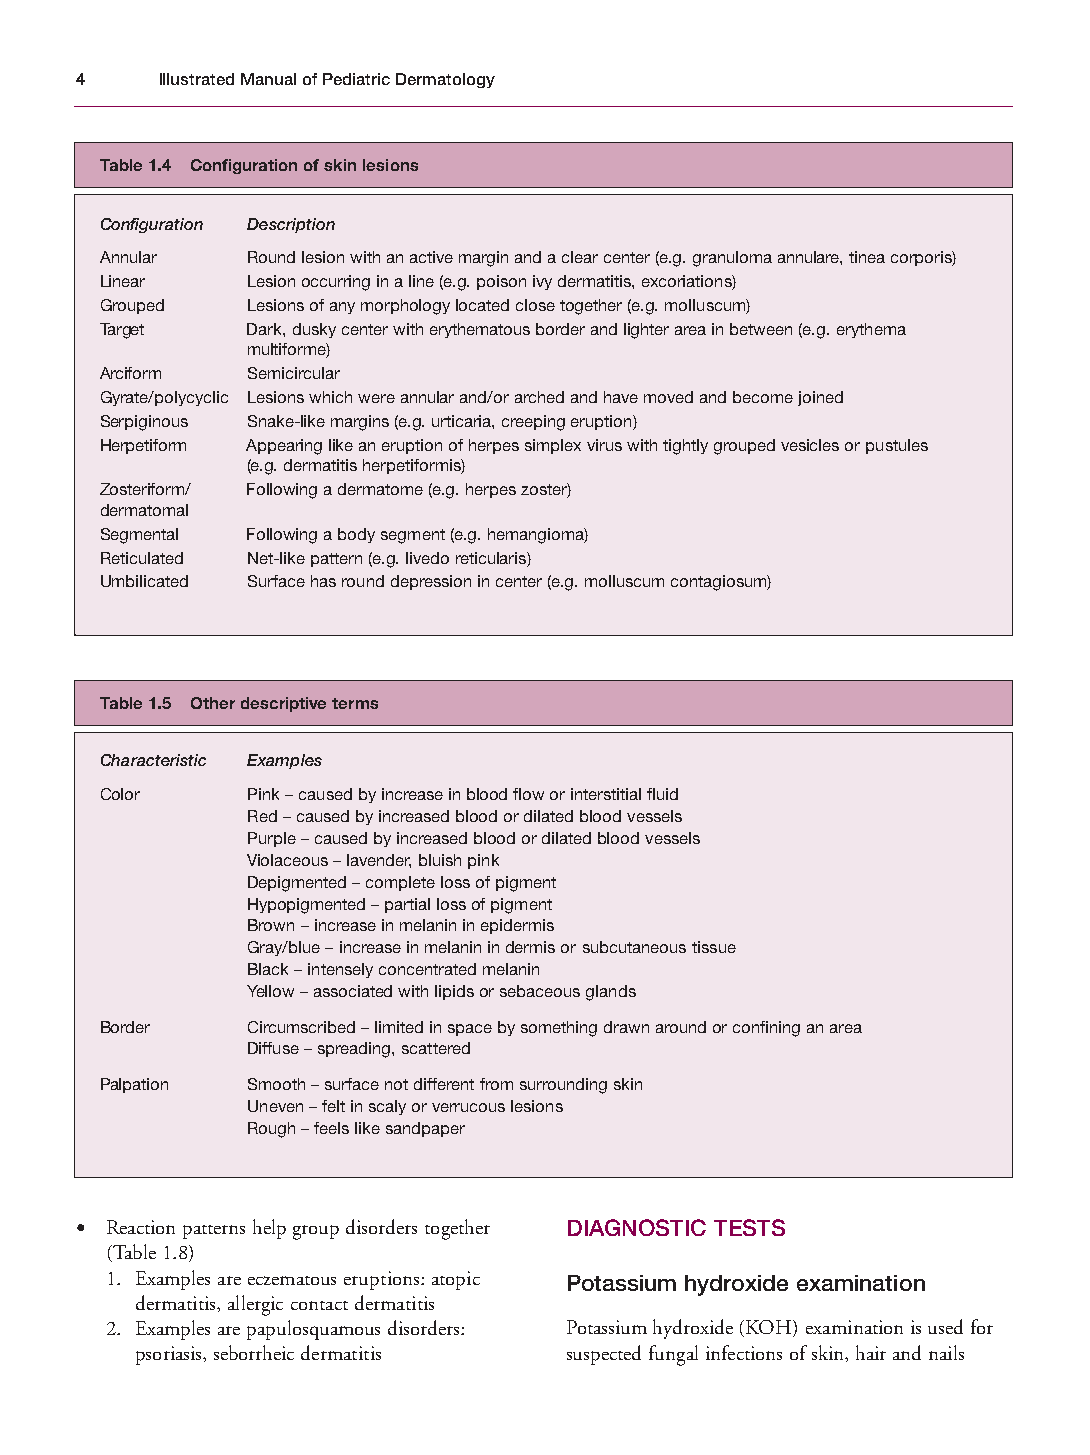
Mallory Chapter 01 27/1/05 1:18 pm Page 4
 4    Illustrated Manual of Pediatric Dermatology
 Table 1.4 Configuration of skin lesions
 Configuration Description
 Annular  Round lesion with an active margin and a clear center (e.g. granuloma annulare, tinea corporis)
 Linear   Lesion occurring in a line (e.g. poison ivy dermatitis, excoriations)
 Grouped  Lesions of any morphology located close together (e.g. molluscum)
 Target   Dark, dusky center with erythematous border and lighter area in between (e.g. erythema
 multiforme)
 Arciform Semicircular
 Gyrate/polycyclic Lesions which were annular and/or arched and have moved and become joined
 Serpiginous Snake-like margins (e.g. urticaria, creeping eruption)
 Herpetiform Appearing like an eruption of herpes simplex virus with tightly grouped vesicles or pustules
 (e.g. dermatitis herpetiformis)
 Zosteriform/ Following a dermatome (e.g. herpes zoster)
 dermatomal
 Segmental Following a body segment (e.g. hemangioma)
 Reticulated Net-like pattern (e.g. livedo reticularis)
 Umbilicated Surface has round depression in center (e.g. molluscum contagiosum)
 Table 1.5 Other descriptive terms
 Characteristic Examples
 Color    Pink – caused by increase in blood flow or interstitial fluid
 Red – caused by increased blood or dilated blood vessels
 Purple – caused by increased blood or dilated blood vessels
 Violaceous – lavender, bluish pink
 Depigmented – complete loss of pigment
 Hypopigmented – partial loss of pigment
 Brown – increase in melanin in epidermis
 Gray/blue – increase in melanin in dermis or subcutaneous tissue
 Black – intensely concentrated melanin
 Yellow – associated with lipids or sebaceous glands
 Border   Circumscribed – limited in space by something drawn around or confining an area
 Diffuse – spreading, scattered
 Palpation Smooth – surface not different from surrounding skin
 Uneven – felt in scaly or verrucous lesions
 Rough – feels like sandpaper
 • Reaction patterns help group disorders together DIAGNOSTIC TESTS
 (Table 1.8)
 1. Examples are eczematous eruptions: atopic Potassium hydroxide examination
 dermatitis, allergic contact dermatitis
 2. Examples are papulosquamous disorders: Potassium hydroxide (KOH) examination is used for
 psoriasis, seborrheic dermatitis suspected fungal infections of skin, hair and nails